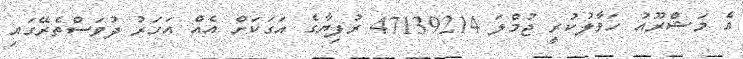
އެ މަޝްރޫއު ހަވާލުކުރީ ޖުމްލަ 47139214 ރުފިޔާގެ އަގަކަށް އެއް އަހަރު ދުވަސްތެރޭގައި